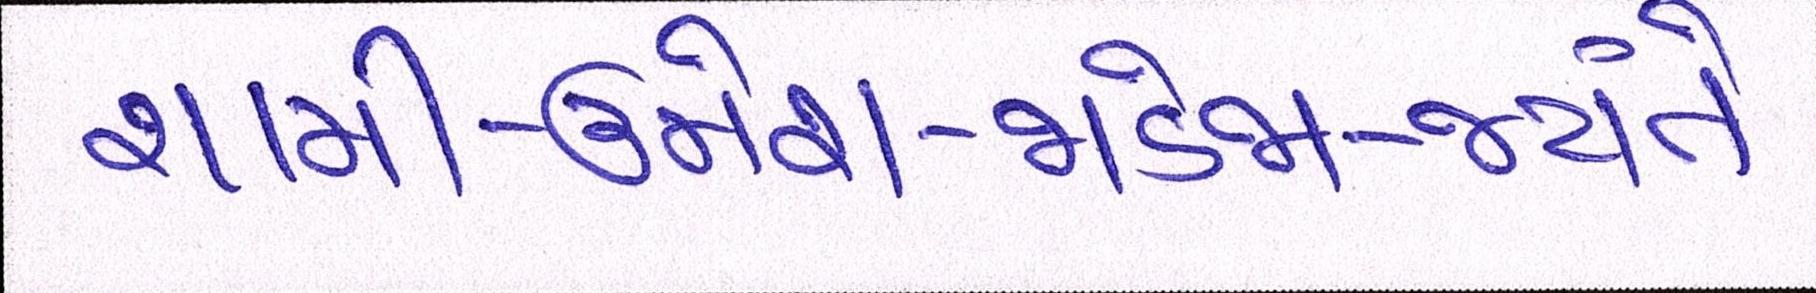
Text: શામી-ઉમેશ-જાડેજા-જયંતે